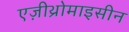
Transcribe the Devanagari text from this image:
एज़ीथ्रोमाइसीन